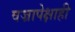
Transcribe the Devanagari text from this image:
वज्रापेक्षाही